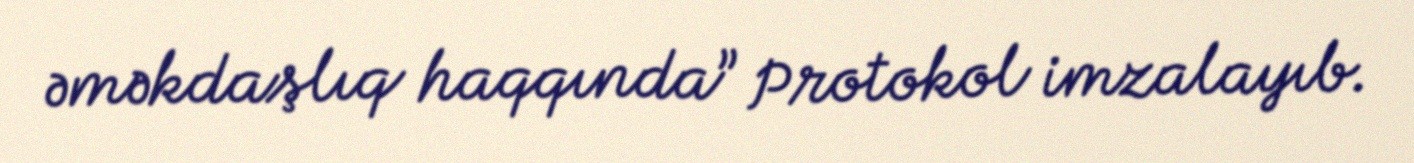
əməkdaşlıq haqqında” Protokol imzalayıb.